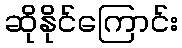
ဆိုနိုင်ကြောင်း